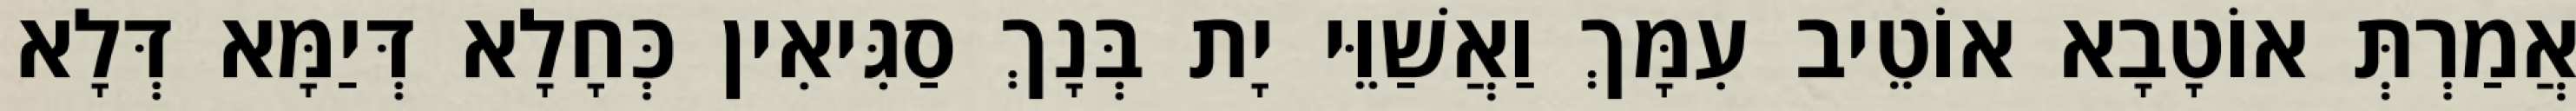
אֲמַרְתְּ אוֹטָבָא אוֹטֵיב עִמָּךְ וַאֲשַׁוֵּי יָת בְּנָךְ סַגִּיאִין כְּחָלָא דְּיַמָּא דְּלָא